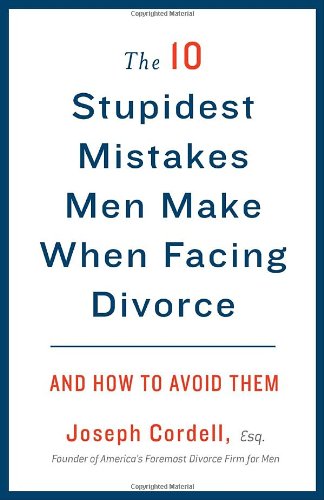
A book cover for The 10 Stupidest Mistakes Men Make When Facing Divorce: And How to Avoid Them; Joseph Cordell; Parenting & Relationships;